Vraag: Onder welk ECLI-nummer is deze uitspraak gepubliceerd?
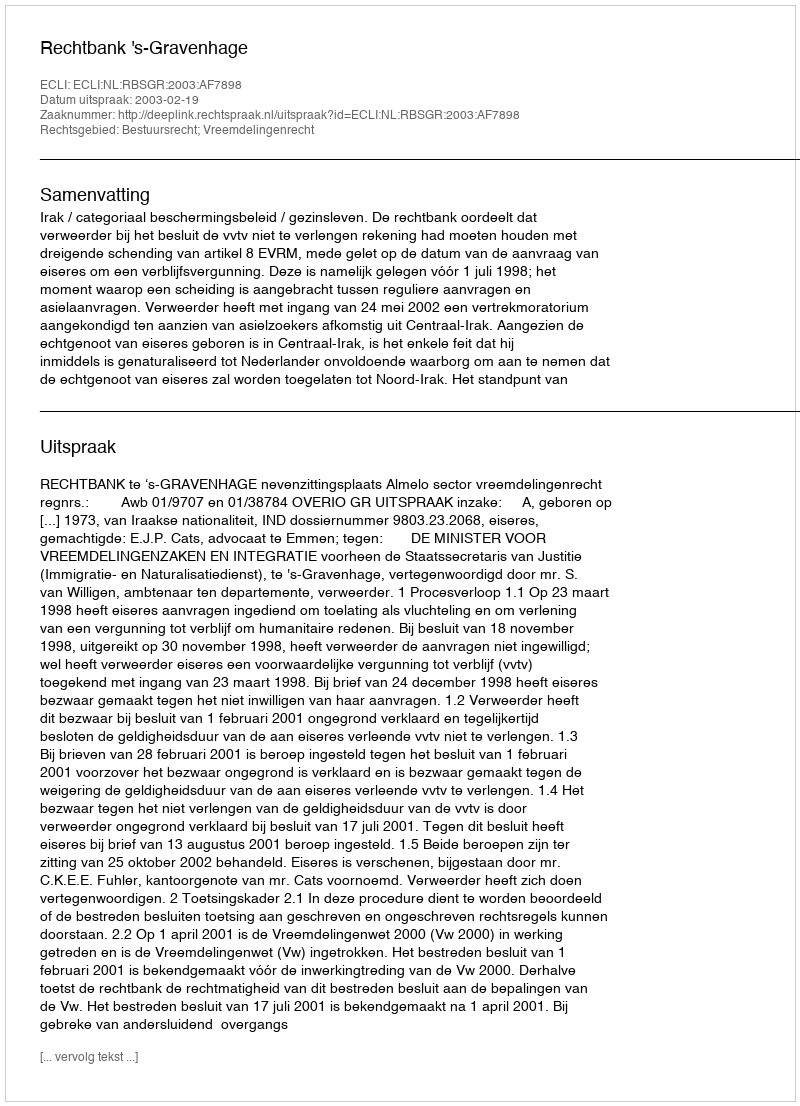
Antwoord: ECLI:NL:RBSGR:2003:AF7898